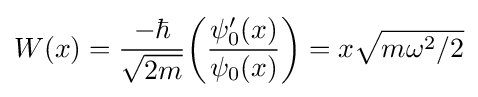
W(x)={\frac {-\hbar }{\sqrt {2m}}}{\bigg (}{\frac {\psi _{0}^{\prime }(x)}{\psi _{0}(x)}}{\bigg )}=x{\sqrt {m\omega ^{2}/2}}